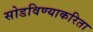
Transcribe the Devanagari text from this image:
सोडविण्याकरिता